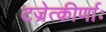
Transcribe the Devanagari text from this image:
टज्रेत्कीर्णाः